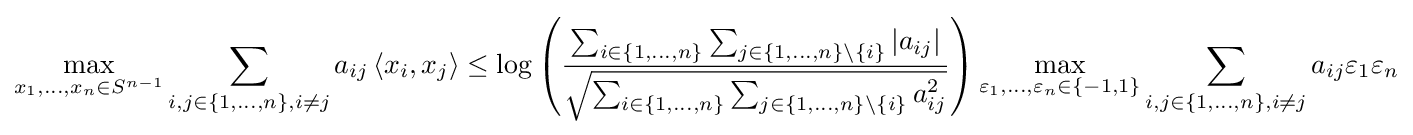
\max _{x_{1},\ldots ,x_{n}\in S^{n-1}}\sum _{i,j\in \{1,\ldots ,n\},i\neq j}a_{ij}\left\langle x_{i},x_{j}\right\rangle \leq \log \left({\frac {\sum _{i\in \{1,\ldots ,n\}}\sum _{j\in \{1,\ldots ,n\}\setminus \{i\}}|a_{ij}|}{\sqrt {\sum _{i\in \{1,\ldots ,n\}}\sum _{j\in \{1,\ldots ,n\}\setminus \{i\}}a_{ij}^{2}}}}\right)\max _{\varepsilon _{1},\ldots ,\varepsilon _{n}\in \{-1,1\}}\sum _{i,j\in \{1,\ldots ,n\},i\neq j}a_{ij}\varepsilon _{1}\varepsilon _{n}